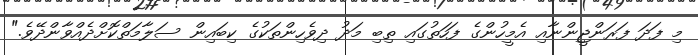
މި ފަދަ ފަރަންޖީންނާއި އެމީހުންގެ ފަހަތުގައި ތިބި މަދު ދިވެހިންތަކުގެ ކިބައިން ސަލާމަތްކޮށްދެއްވާންދޭވެ."